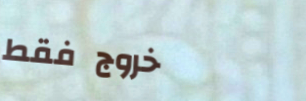
خروج فقط